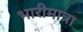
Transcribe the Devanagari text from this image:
भारीमात्रा